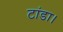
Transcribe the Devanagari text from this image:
टांडा।